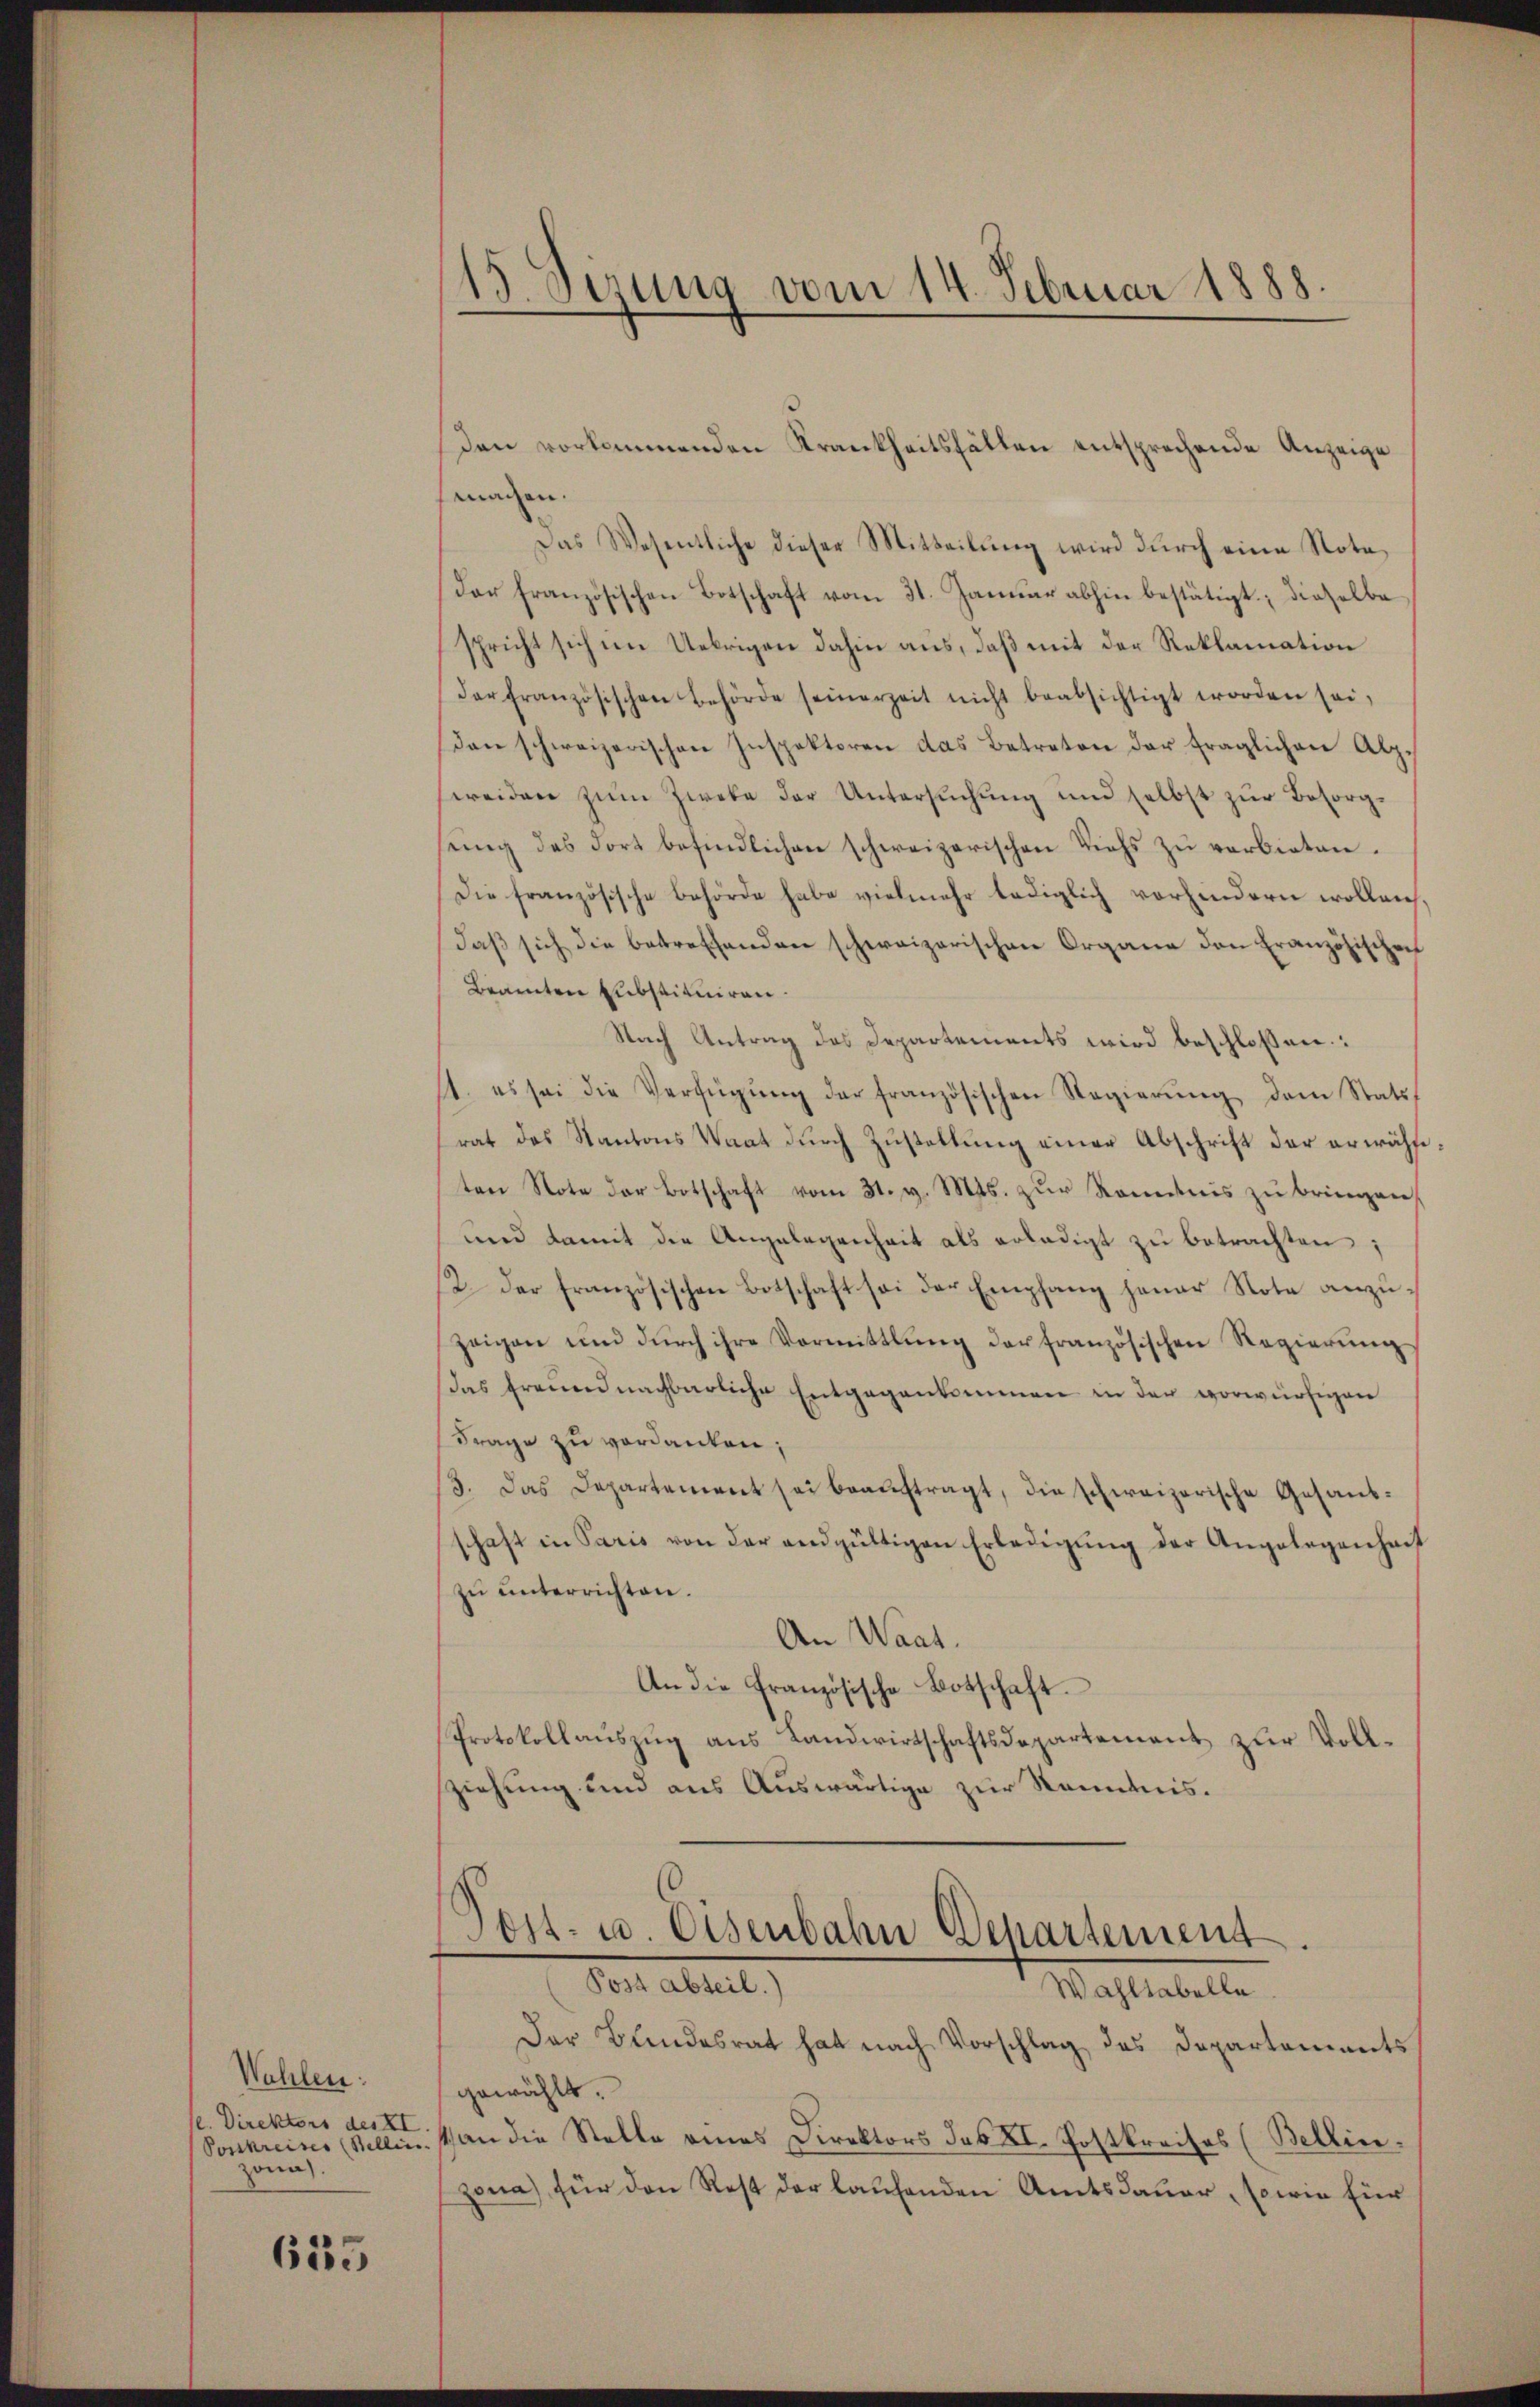
Wahlen:
se. Direktors des XI
zona.

635

15 Sezung vom 14. Februar 1888.

Den vorkommenden Krankheitsfällen entsprechende Anzeige
maden.
Das Wesentliche dieser Mitteilŭng wird durch eine Nota¬
Der französischen Botschaft vom 31. Januar abhin bestätigt; dieselbe
spricht sich im Uebrigen dahin aus, daß mit der Reklamation
der französischen Behörde seinerzeit nicht beabsichtigt worden sei,
dan schweizerischen Inspektoren das Betreten der fraglichen Alpreiden zum Zweke der Untersuchung und selbst zur Besorgsŭng des dort befindlichen schweizerischen Viehs zŭ verbieten.
Die französische Behörde habe vielmehr lediglich vorhindern wollen,
daβ sich die betreffenden schweizerischen Organe den Französischen
Beamten Substituiren.
Nach Antrag des Departements wird beschlossen:
11. es sei die Verfügŭng der französischen Regierŭng dem Statut
rat des Kantons Waat durch Zustellung einer Abschrift der erwähsiten Note der Botschaft vom 31. d. Mts. zŭr Kenntnis zŭ bringere
und damit die Angelegenheit als erledigt zu betrachten;
2. Der französischen Botschaft sei der Empfang jener Note anzuzeigen und dŭrch ihre Vormittlung der französischen Regierŭng
Das freundnachbarliche Entgegenkommen in der vorwürfigen
Frage zu verdanken;
13. Das Departement sei beauftragt, die schweizerische Gesandschaft in Paris von der endgültigen Erledigŭng der Angelegenheit
zŭ ŭnterrichten.
An Waat.
An die Französische Botschaft.
Protokollauszug aus Landwirtschaftsdepartement zur Vollsziehung und aus Auswärtige zur Kenntnis.

Post- u. Osenbahn Departement
Pestaltet,
Mastabelle

Der Bundesrat hat nach Vorschlag des Departements
gewählt.
Vonkreine Mellinisch an die Stelle eines Direktors des XI. Postkreises (Bellin.
Zona) für den Rest der laufenden Amtsdauer, sowie für